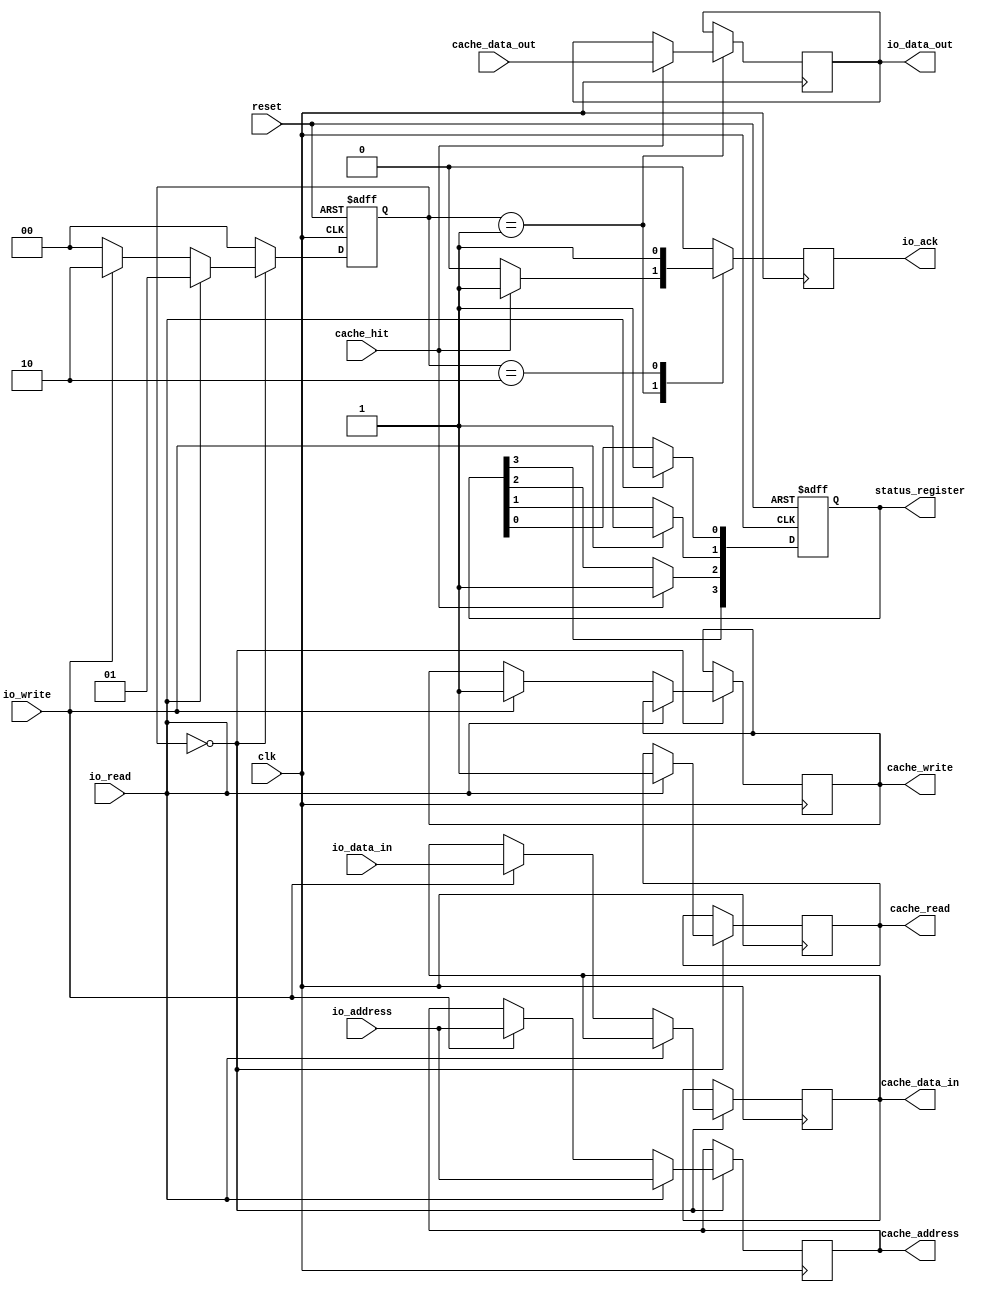
module IO_Block_With_Separate_Cache (
    input wire clk,
    input wire reset,
    
    // I/O Interface Signals
    input wire io_read,
    input wire io_write,
    input wire [31:0] io_address,
    input wire [31:0] io_data_in,
    output reg [31:0] io_data_out,
    output reg io_ack,
    
    // Cache Interface Signals
    output reg cache_read,
    output reg cache_write,
    output reg [31:0] cache_address,
    output reg [31:0] cache_data_in,
    input wire [31:0] cache_data_out,
    input wire cache_hit,
    
    // Status Register Signals
    output reg [3:0] status_register
);

// Cache Memory
reg [31:0] cache_memory [0:255]; // 256 x 32-bit cache
reg [7:0] cache_tag [0:255]; // Cache tags for address comparison
reg [7:0] cache_index; // Cache index
reg cache_valid [0:255]; // Valid bits for cache lines

// State Definitions
localparam IDLE = 2'b00;
localparam READ = 2'b01;
localparam WRITE = 2'b10;

reg [1:0] state, next_state;

// Status Register
always @(posedge clk or posedge reset) begin
    if (reset) begin
        status_register <= 4'b0000;
    end else begin
        // Update status register based on operations
        if (io_read) status_register[0] <= 1; // Read operation
        if (io_write) status_register[1] <= 1; // Write operation
        if (cache_hit) status_register[2] <= 1; // Cache hit
        // Additional status flags can be added here
    end
end

// State Machine
always @(posedge clk or posedge reset) begin
    if (reset) begin
        state <= IDLE;
    end else begin
        state <= next_state;
    end
end

// Next State Logic
always @(*) begin
    case (state)
        IDLE: begin
            if (io_read) next_state = READ;
            else if (io_write) next_state = WRITE;
            else next_state = IDLE;
        end
        READ: begin
            if (cache_hit) next_state = IDLE; // Cache hit, return data
            else next_state = IDLE; // Cache miss, handle accordingly
        end
        WRITE: begin
            next_state = IDLE; // Write operation completes
        end
        default: next_state = IDLE;
    endcase
end

// I/O Operations
always @(posedge clk) begin
    io_ack <= 0; // Default to no acknowledgment
    case (state)
        IDLE: begin
            if (io_read) begin
                cache_index = io_address[7:0]; // Simple direct mapping
                cache_read <= 1;
                cache_address <= io_address;
            end else if (io_write) begin
                cache_index = io_address[7:0];
                cache_write <= 1;
                cache_data_in <= io_data_in;
                cache_address <= io_address;
            end
        end
        READ: begin
            if (cache_hit) begin
                io_data_out <= cache_data_out; // Return data from cache
                io_ack <= 1; // Acknowledge read
            end
        end
        WRITE: begin
            // Write data to cache
            cache_memory[cache_index] <= cache_data_in;
            io_ack <= 1; // Acknowledge write
        end
    endcase
end

endmodule